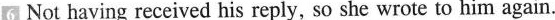
6 Not having received his reply, so she wrote to him again.